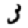
Digit: 3